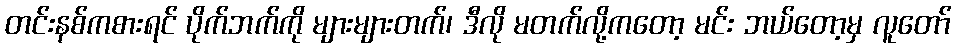
တင်းနစ်ကစားရင် ပိုက်ဘက်ကို များများတက်၊ ဒီလို မတက်လို့ကတော့ မင်း ဘယ်တော့မှ လူတော်